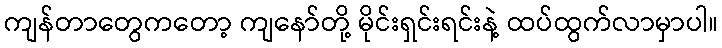
ကျန်တာတွေကတော့ ကျနော်တို့ မိုင်းရှင်းရင်းနဲ့ ထပ်ထွက်လာမှာပါ။